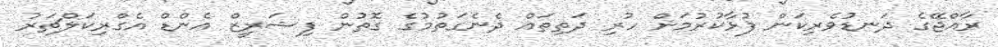
ރާއްޖޭގެ ދަނޑުވެރިކަން ފުޅާކުރުމަށް ހުރި ދަތިތައް ދެނެގަތުމުގެ ގޮތުން ފިޝަރީޒް އެންޑް އެގްރިކަލްޗަރު